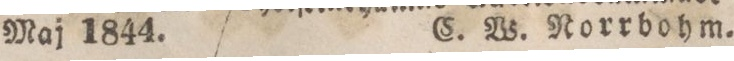
Maj 1844. C. W. Norrbohm.